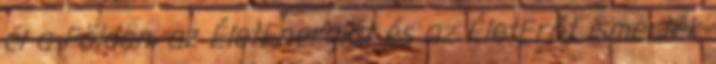
él a Földön, az ÉletEnergiát és az ÉletErőt ismerték